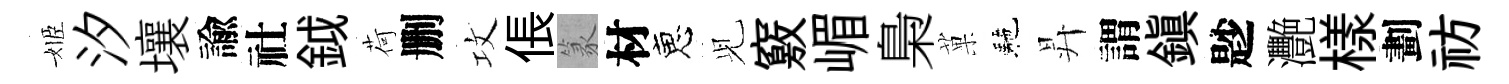
姬汐壤諭社鉞荷删攻倀篆材恵𫤗竅嵋梟菓駰昇謂鎭尟灧樣劃祊